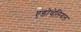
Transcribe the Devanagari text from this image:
एंडोथेलियल